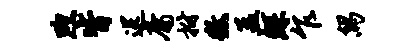
煦皆送庸拊征孟鲧乍舄